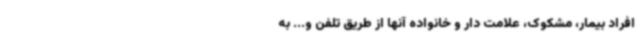
افراد بیمار، مشکوک، علامت دار و خانواده آنها از طریق تلفن و... به